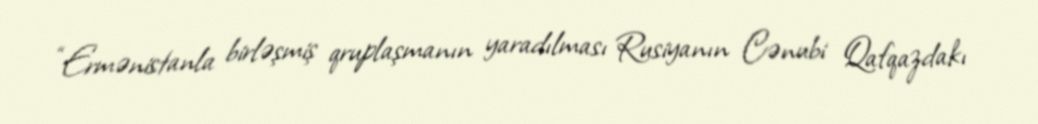
“Ermənistanla birləşmiş qruplaşmanın yaradılması Rusiyanın Cənubi Qafqazdakı